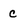
Character: c